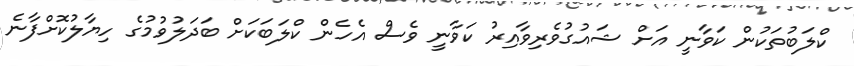
ކްލަބުތަކުން ކަވާނީ އަށް ޝައުގުވެރިވާއިރު ކަވާނީ ވެސް އެހެން ކްލަބަކަށް ބަދަލުވުމުގެ ހިޔާލުކޮށްފާނެ